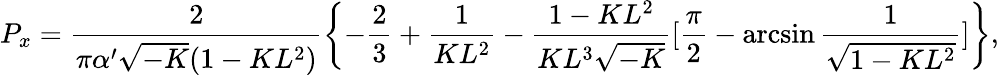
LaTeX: P_{x}=\frac{2}{\pi\alpha^{\prime}\sqrt{-K}(1-KL^{2})}\left\{ -\frac{2}{3}+\frac{1}{KL^{2}}-\frac{1-KL^{2}}{KL^{3}\sqrt{-K}}[\frac{\pi}{2}-\arcsin\frac{1}{\sqrt{1-KL^{2}}}]\right\} ,